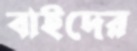
বাইদের